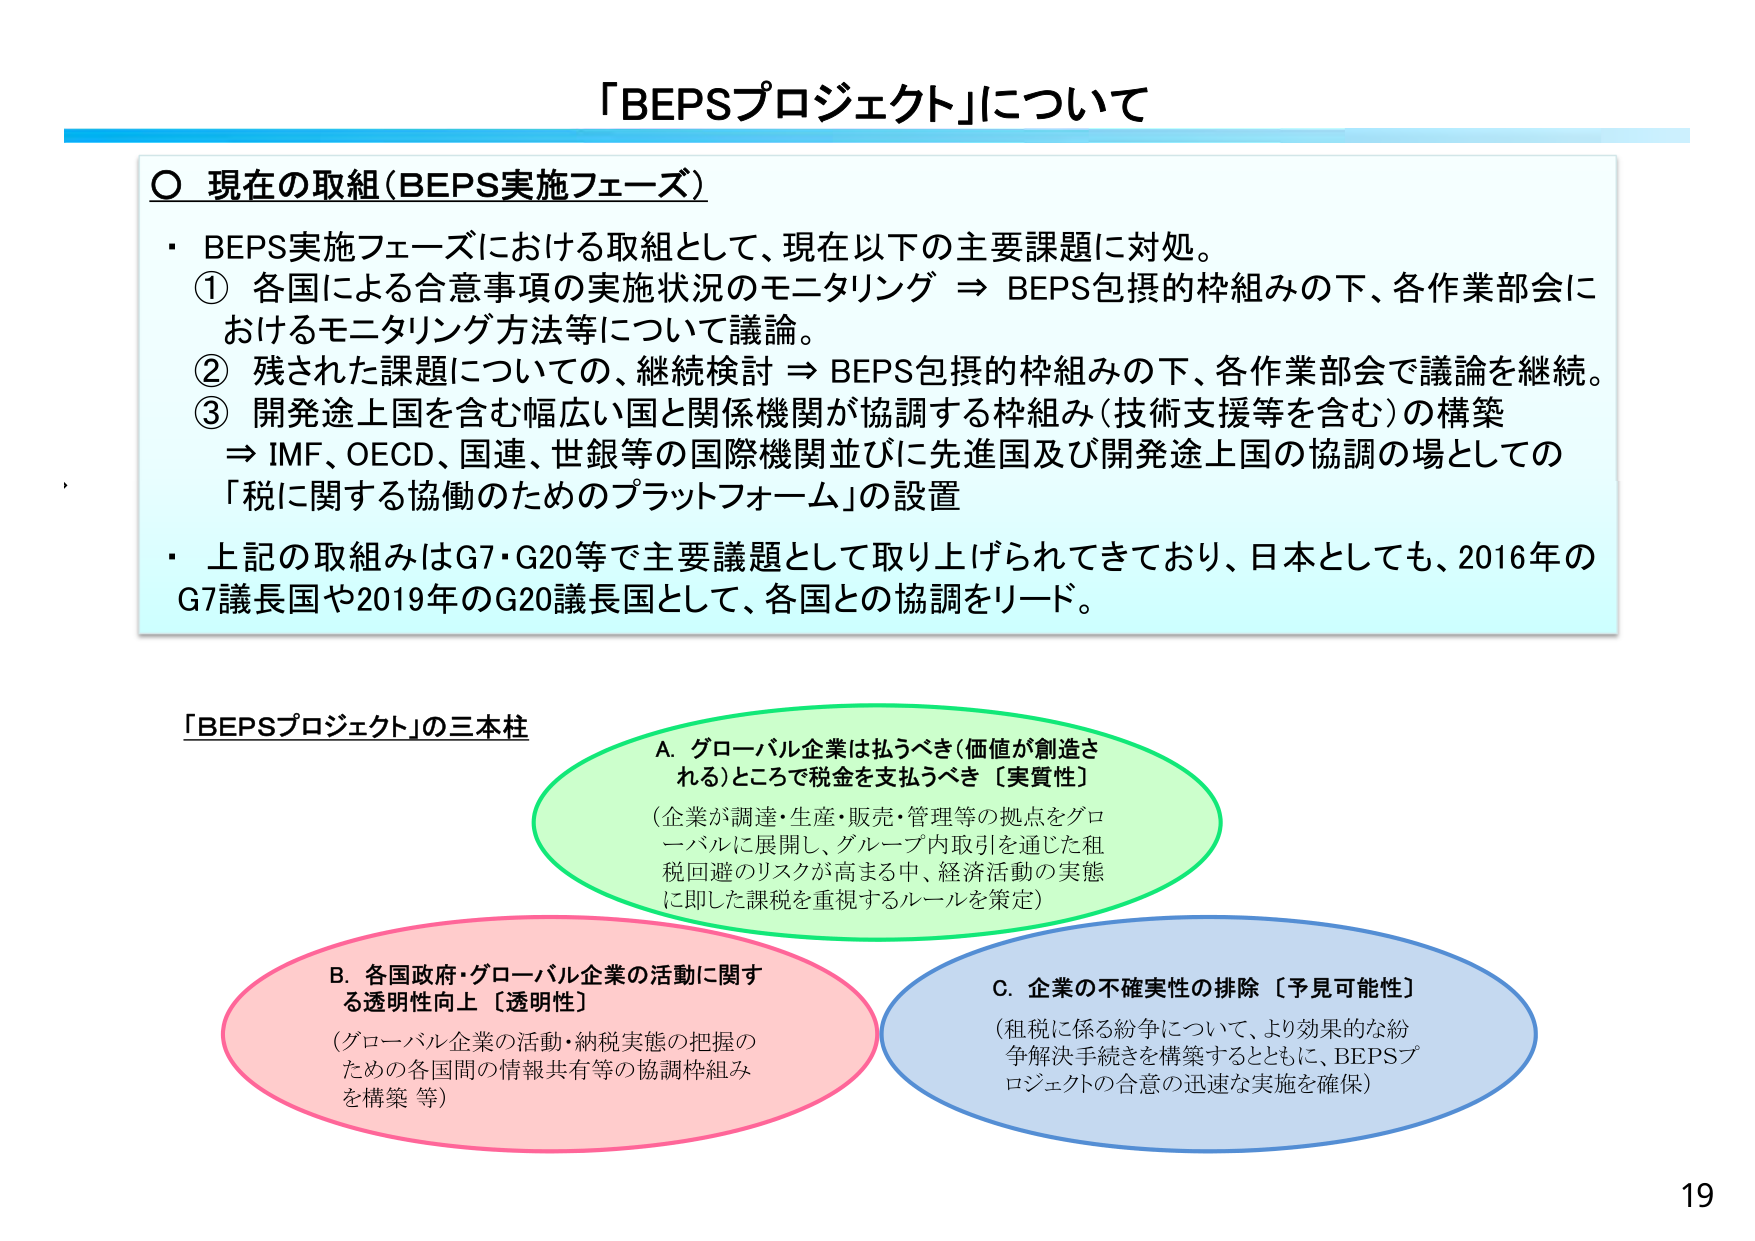
「BEPSプロジェクト」について

○ 現在の取組（BEPS実施フェーズ）
・ BEPS実施フェーズにおける取組として、現在以下の主要課題に対処。
① 各国による合意事項の実施状況のモニタリング ⇒ BEPS包摂的枠組みの下、各作業部会におけるモニタリング方法等について議論。
② 残された課題についての、継続検討 ⇒ BEPS包摂的枠組みの下、各作業部会で議論を継続。
③ 開発途上国を含む幅広い国と関係機関が協調する枠組み（技術支援等を含む）の構築 ⇒ IMF、OECD、国連、世銀等の国際機関並びに先進国及び開発途上国の協調の場としての「税に関する協働のためのプラットフォーム」の設置
・ 上記の取組みはG7・G20等で主要議題として取り上げられてきており、日本としても、2016年のG7議長国や2019年のG20議長国として、各国との協調をリード。

「BEPSプロジェクト」の三本柱
A. グローバル企業は払うべき（価値が創造される）ところで税金を支払うべき【実質性】
（企業が調達・生産・販売・管理等の拠点をグローバルに展開し、グループ内取引を通じた租税回避のリスクが高まる中、経済活動の実態に即した課税を重視するルールを策定）
B. 各国政府・グローバル企業の活動に関する透明性向上【透明性】
（グローバル企業の活動・納税実態の把握のための各国間の情報共有等の協調枠組みを構築 等）
C. 企業の不確実性の排除【予見可能性】
（租税に係る紛争について、より効果的な紛争解決手続きを構築するとともに、BEPSプロジェクトの合意の迅速な実施を確保）

19